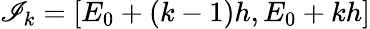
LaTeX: \mathscr{I}_{k}=[E_{0}+(k-1)h,E_{0}+kh]